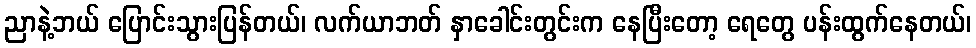
ညာနဲ့ဘယ် ပြောင်းသွားပြန်တယ်၊ လက်ယာဘတ် နှာခေါင်းတွင်းက နေပြီးတော့ ရေတွေ ပန်းထွက်နေတယ်၊